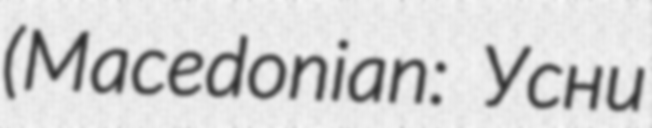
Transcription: (Macedonian: Усни